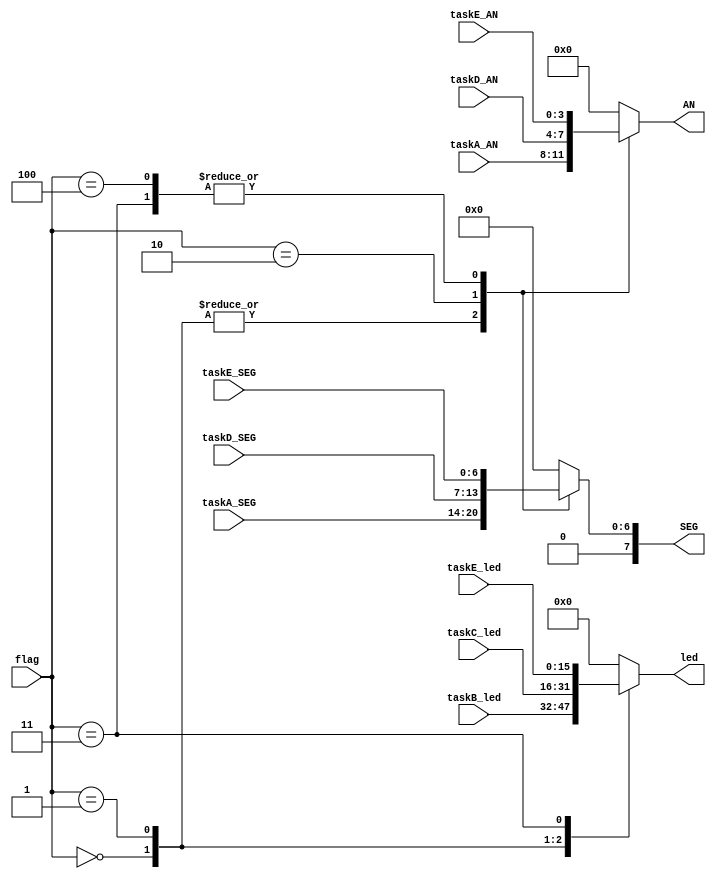
`timescale 1ns / 1ps
//////////////////////////////////////////////////////////////////////////////////
// Company: 
// Engineer: 
// 
// Design Name: 
// Module Name: Lab4_Assignment_output
// Project Name: 
// Target Devices: 
// Tool Versions: 
// Description: 
// 
// Dependencies: 
// 
// Revision:
// Revision 0.01 - File Created
// Additional Comments:
// 
//////////////////////////////////////////////////////////////////////////////////


module Lab4_Assignment_output(
    input [2:0] flag,
    input [3:0] taskA_AN, taskD_AN, taskE_AN,
    input [6:0] taskA_SEG, taskD_SEG, taskE_SEG,
    input [15:0] taskB_led, taskC_led, taskE_led,
    output  reg [3:0] AN, 
    output  reg [7:0] SEG,
    output reg [15:0] led
    );
    
    initial begin
        AN = 4'b1111;
        SEG = 8'b11111111;
        led = 0;
    end
    always @ (*) begin
        case (flag)
        0:
            begin
                AN = taskA_AN;
                SEG = taskA_SEG;
                led = taskB_led;
            end
        1:
            begin
                AN = taskA_AN;
                SEG = taskA_SEG;
                led = taskC_led;
            end
        2:
            begin
                AN = taskD_AN;
                SEG = taskD_SEG;
                led = 0;
            end
        3: 
            begin
                AN = taskE_AN;
                SEG = taskE_SEG;
                led = taskE_led;
            end
        4:
            begin
                AN = taskE_AN;
                SEG = taskE_SEG;
                led = 0;
            end
        default:
            begin
                AN = 0;
                SEG = 0;
                led = 0;
            end
        endcase
    end
endmodule